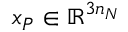
\boldsymbol { x } _ { P } \in \mathbb { R } ^ { 3 n _ { N } }